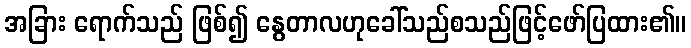
အခြား ရောက်သည် ဖြစ်၍ နွေတာလဟုခေါ်သည်စသည်ဖြင့်ဖော်ပြထား၏။